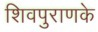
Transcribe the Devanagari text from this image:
शिवपुराणके